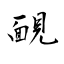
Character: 靦